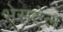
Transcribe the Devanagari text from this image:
भेसटेल